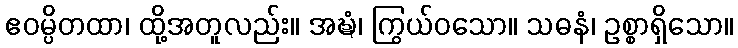
ဧဝမ္ပိတထာ၊ ထို့အတူလည်း။ အဍ္ဎံ၊ ကြွယ်ဝသော။ သဓနံ၊ ဥစ္စာရှိသော။